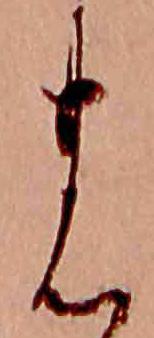
の